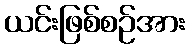
ယင်းဖြစ်စဉ်အား